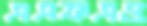
এএফএও